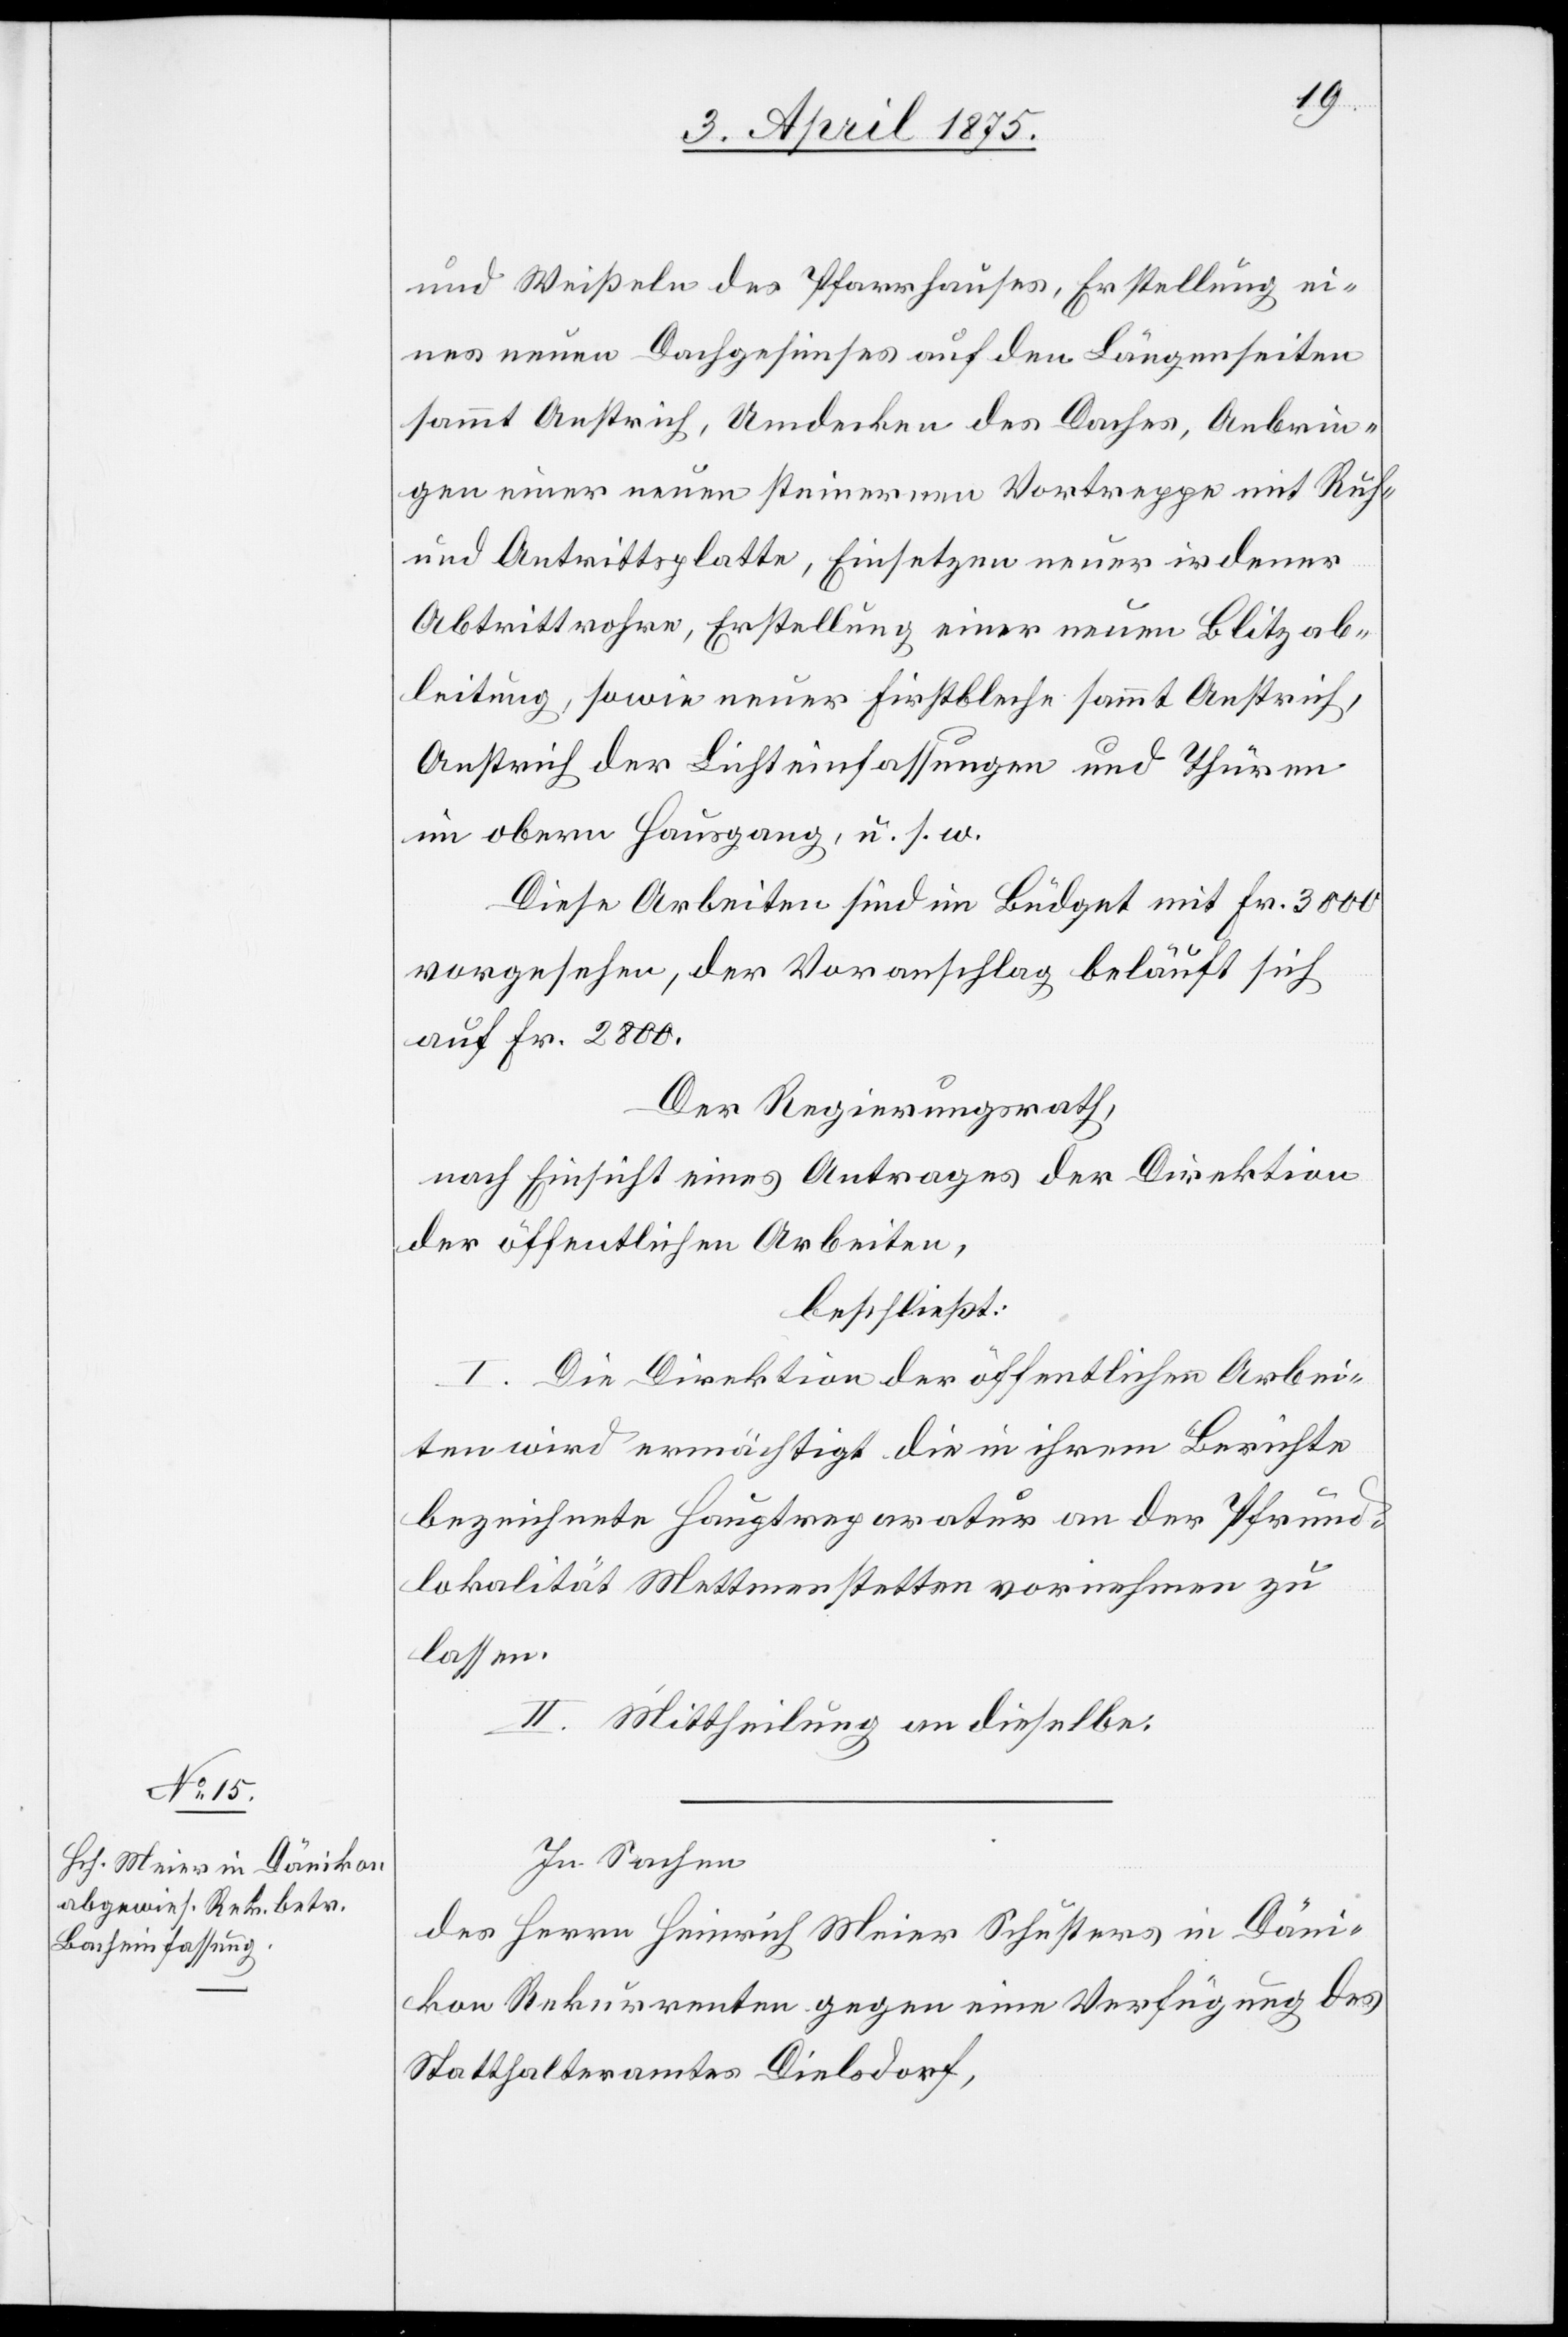
und Weißeln des Pfarrhauses, Erstellung ei¬
nes neuen Dachgesimses auf den Längenseiten
sammt Anstrich, Umdecken des Daches, Anbrin¬
gen einer neuen steinernen Vortreppe mit Ruh-
und Antrittsplatte, Einsetzen neuer irdener
Abtrittsrohre, Erstellung einer neuen Blitzab¬
leitung, sowie neuer Firstbleche sammt Anstrich,
Anstrich der Lichteinfassungen und Thüren
im obern Hausgang, u. s. w.
Diese Arbeiten sind im Büdget mit Fr. 3000
vorgesehen, der Voranschlag beläuft sich
auf Fr. 2800.
Der Regierungsrath,
nach Einicht eines Antrages der Direktion
der öffentlichen Arbeiten,
beschließt:
I. Die Direktion der öffentlichen Arbei¬
ten wird ermächtigt die in ihrem Berichte
bezeichnete Hauptreparatur an der Pfrund¬
lokalität Mettmenstetten vornehmen zu
lassen.
II. Mittheilung an dieselbe.
In Sachen
des Herrn Heinrich Meier in Däni¬
kon Rekurrenten gegen eine Verfügung des
Statthalteramtes Dielsdorf,